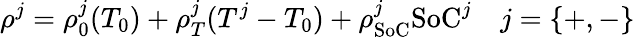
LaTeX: \rho^{j}=\rho_{0}^{j}(T_{0})+\rho_{T}^{j}(T^{j}-T_{0})+\rho_{\textrm{SoC}}^{j}\textrm{SoC}^{j}\quad j=\{ +,-\}